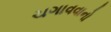
ચગાવવાનો